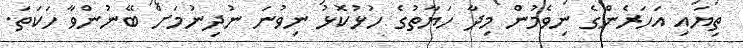
ތިޔައި އަހަރެންގެ ނިވެމުން މިދާ ހަޔާތުގެ ހުޅުކޮޅު ނިވުނަ ނުދިނުމަށް ބޭނުންވާ ހަކަތަ.